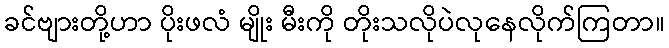
ခင်ဗျားတို့ဟာ ပိုးဖလံ မျိုး မီးကို တိုးသလိုပဲလုနေလိုက်ကြတာ။